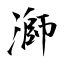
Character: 溮